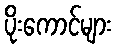
ပိုးကောင်များ